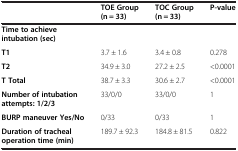
<table><thead><tr><td><b> </b></td><td><b>TOE Group (n = 33)</b></td><td><b>TOC Group (n = 33)</b></td><td><b>P-value</b></td></tr></thead><tbody><tr><td><b>Time to achieve intubation (sec)</b></td><td> </td><td> </td><td> </td></tr><tr><td><b>T1</b></td><td>3.7 ± 1.6</td><td>3.4 ± 0.8</td><td>0.278</td></tr><tr><td><b>T2</b></td><td>34.9 ± 3.0</td><td>27.2 ± 2.5</td><td>&lt;0.0001</td></tr><tr><td><b>T Total</b></td><td>38.7 ± 3.3</td><td>30.6 ± 2.7</td><td>&lt;0.0001</td></tr><tr><td><b>Number of intubation attempts: 1/2/3</b></td><td>33/0/0</td><td>33/0/0</td><td>1</td></tr><tr><td><b>BURP maneuver Yes/No</b></td><td>0/33</td><td>0/33</td><td>1</td></tr><tr><td><b>Duration of tracheal operation time (min)</b></td><td>189.7 ± 92.3</td><td>184.8 ± 81.5</td><td>0.822</td></tr></tbody></table>